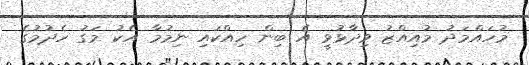
މުހައްމަދު މުއިއްޒު ވިދާޅުވީ އެ ބިން ހިއްކައި ނިމުމާ އެކު މަގު ހެދުމުގެ